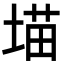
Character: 𪣲